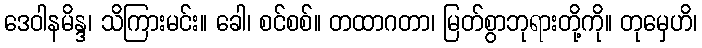
ဒေဝါနမိန္ဒ၊ သိကြားမင်း။ ခေါ၊ စင်စစ်။ တထာဂတာ၊ မြတ်စွာဘုရားတို့ကို။ တုမှေဟိ၊